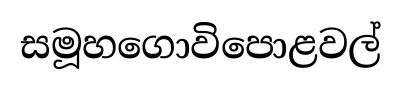
සමූහගොවිපොළවල්